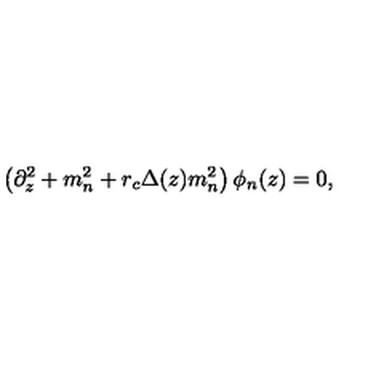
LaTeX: \left( \partial _ { z } ^ { 2 } + m _ { n } ^ { 2 } + r _ { c } \Delta ( z ) m _ { n } ^ { 2 } \right) \phi _ { n } ( z ) = 0 ,